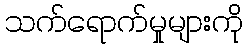
သက်ရောက်မှုများကို